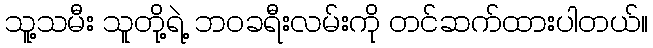
သူ့သမီး သူတို့ရဲ့ ဘဝခရီးလမ်းကို တင်ဆက်ထားပါတယ်။